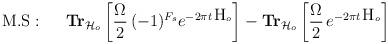
LaTeX: \begin{align*}{\rm M.S}:~~~~\hbox{\bf Tr}_{{\cal H}_o}\left[\frac{\Omega}{2}\,(-1)^{F_s} e^{-2\pi t \, \hbox{H}_o}\right]-\hbox{\bf Tr}_{{\cal H}_o}\left[\frac{\Omega}{2}\,e^{-2\pi t \, \hbox{H}_o}\right]\end{align*}